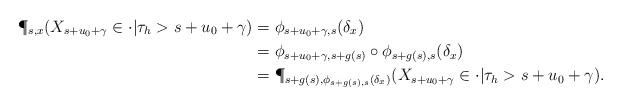
LaTeX: \begin{align*}\P_{s,x}(X_{s+ u_{0} + \gamma} \in \cdot | \tau_{h} >s+ u_{0} + \gamma) &= \phi_{s+u_0+\gamma, s}(\delta_x) \\&= \phi_{s+u_0+\gamma,s+g(s)} \circ \phi_{s+g(s),s} (\delta_x) \\&= \P_{s+g(s), \phi_{s+g(s),s} (\delta_x)}(X_{s+u_0+\gamma} \in \cdot | \tau_h > s+ u_0 + \gamma).\end{align*}